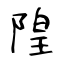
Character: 隍